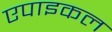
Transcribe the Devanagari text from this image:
एपाइकल